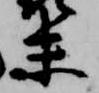
末